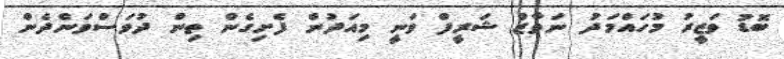
ބޮޑު ވަޒީރު މުހައްމަދު ނަވާޒް ޝަރީފް ވަނީ މިއަދުން ފެށިގެން ތިން ދުވަސްވަންދެން